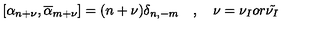
[ \alpha _ { n + \nu } , \overline { { \alpha } } _ { m + \nu } ] = ( n + \nu ) \delta _ { n , - m } \quad , \quad \nu = \nu _ { I } o r \tilde { \nu _ { I } }